Report of the Imperial Institute of Veterinary Research, Muktesar
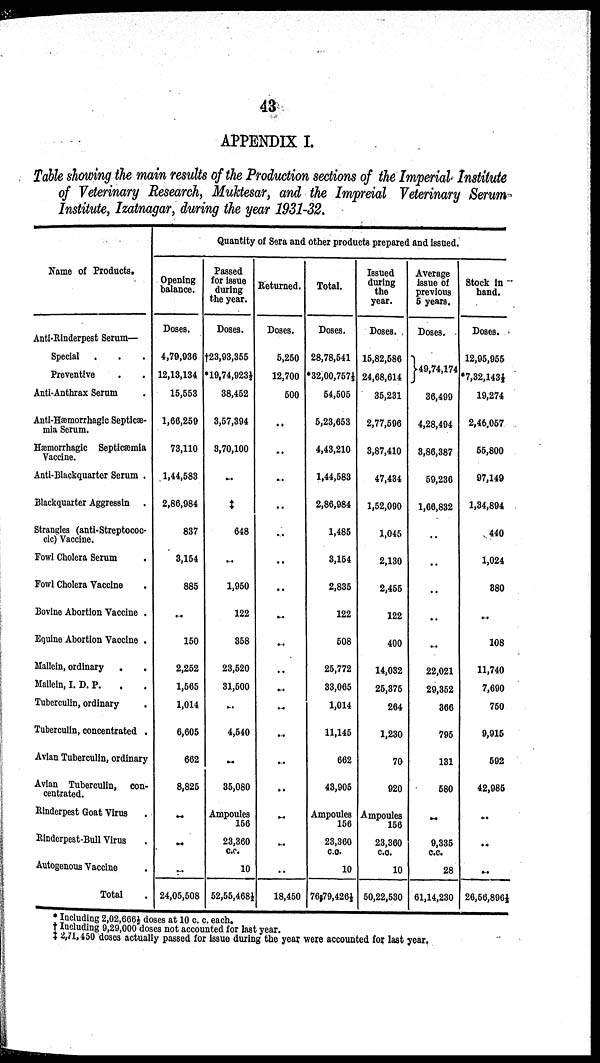
43
APPENDIX I.
Table showing the main results of the Production sections of the Imperial Institute
of Veterinary Research, Muktesar, and the Impreial Veterinary Serum
Institute, Izatnagar, during the year 1931-32.
Name of Products.
Anti-Rinderpest Serum-
Special
Preventive
Anti-Anthrax Serum
Anti-Hæmorrhagic Septicæ-
mia Serum.
Hæmorrhagic Septicæmia
Vaccine.
Anti-Blackquarter Serum .
Blackquarter Aggressin
Strangles (anti-Streptococ¬
cic) Vaccine.
Fowl Cholera Serum
Fowl Cholera Vaccine
Bovine Abortion Vaccine .
Equine Abortion Vaccine .
Mallein, ordinary
Mallein, I. D. P.
Tuberculin, ordinary
Tuberculin, concentrated .
Avian Tuberculin, ordinary
Avian Tuberculin, con-
centrated.
Rinderpest Goat Virus
Rinderpest-Bull Virus
Autogenous Vaccine
Total
Opening
balance.
Doses.
4,79,936
12,13,134
15,553
1,66,259
73,110
1,44,583
2,86,984
837
3,154
885
..
150
2,252
1,565
1,014
6,605
662
8,825
..
..
..
24,05,508
Quantity of Sera and other products prepared and issued.
Passed
for issue
during
the year.
Doses.
†23,93,355
*19,74,923½
38,452
3,57,394
3,70,100
..
‡
648
..
1,950
122
358
23,520
31,500
..
4,540
..
35,080
Ampoules
156
23,360
c.c.
10
52,55,468½
Returned.
Doses.
5,250
12,700
500
..
..
..
..
..
..
..
..
..
..
..
..
..
..
18,450
Total.
Doses.
28,78,541
*32,00,757½
54,505
5,23,653
4,43,210
1,44,583
2,86,984
1,485
3,154
2,835
122
508
25,772
33,065
1,014
11,145
662
43,905
Ampoules
156
23,360
c.c.
10
76,79,426½
Issued
during
the
year.
Doses.
15,82,586
24,68,614
35,231
2,77,596
3,87,410
47,434
1,52,090
1,045
2,130
2,455
122
400
14,032
25,375
264
1,230
70
920
Ampoules
156
23,360
c.c.
10
50,22,530
Average
issue of
previous
5 years.
Doses.
}49,74,174
36,499
4,28,494
3,86,387
59,236
1,66,832
..
..
..
..
22,021
29,352
366
795
131
580
..
9,335
c.c.
28
61,14,230
Stock in
hand.
Doses.
12,95,955
*7,32,143½
19,274
2,46,057
55,800
97,149
1,34,894
440
1,024
380
..
108
11,740
7,690
750
9,915
592
42,985
..
..
..
26,56,896½
* Including 2,02,666½ doses at 10 c. c. each.
† Including 9,29,000 doses not accounted for last year.
‡ 2, 71, 450 doses actually passed for issue during the year were accounted for last year.